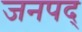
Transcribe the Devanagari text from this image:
जनपद्